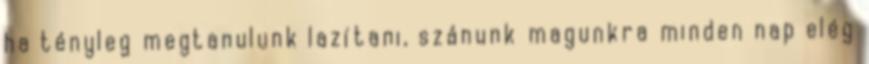
ha tényleg megtanulunk lazítani, szánunk magunkra minden nap elég